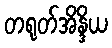
တရုတ်အိန္ဒိယ